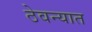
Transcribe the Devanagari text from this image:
ठेवन्यात